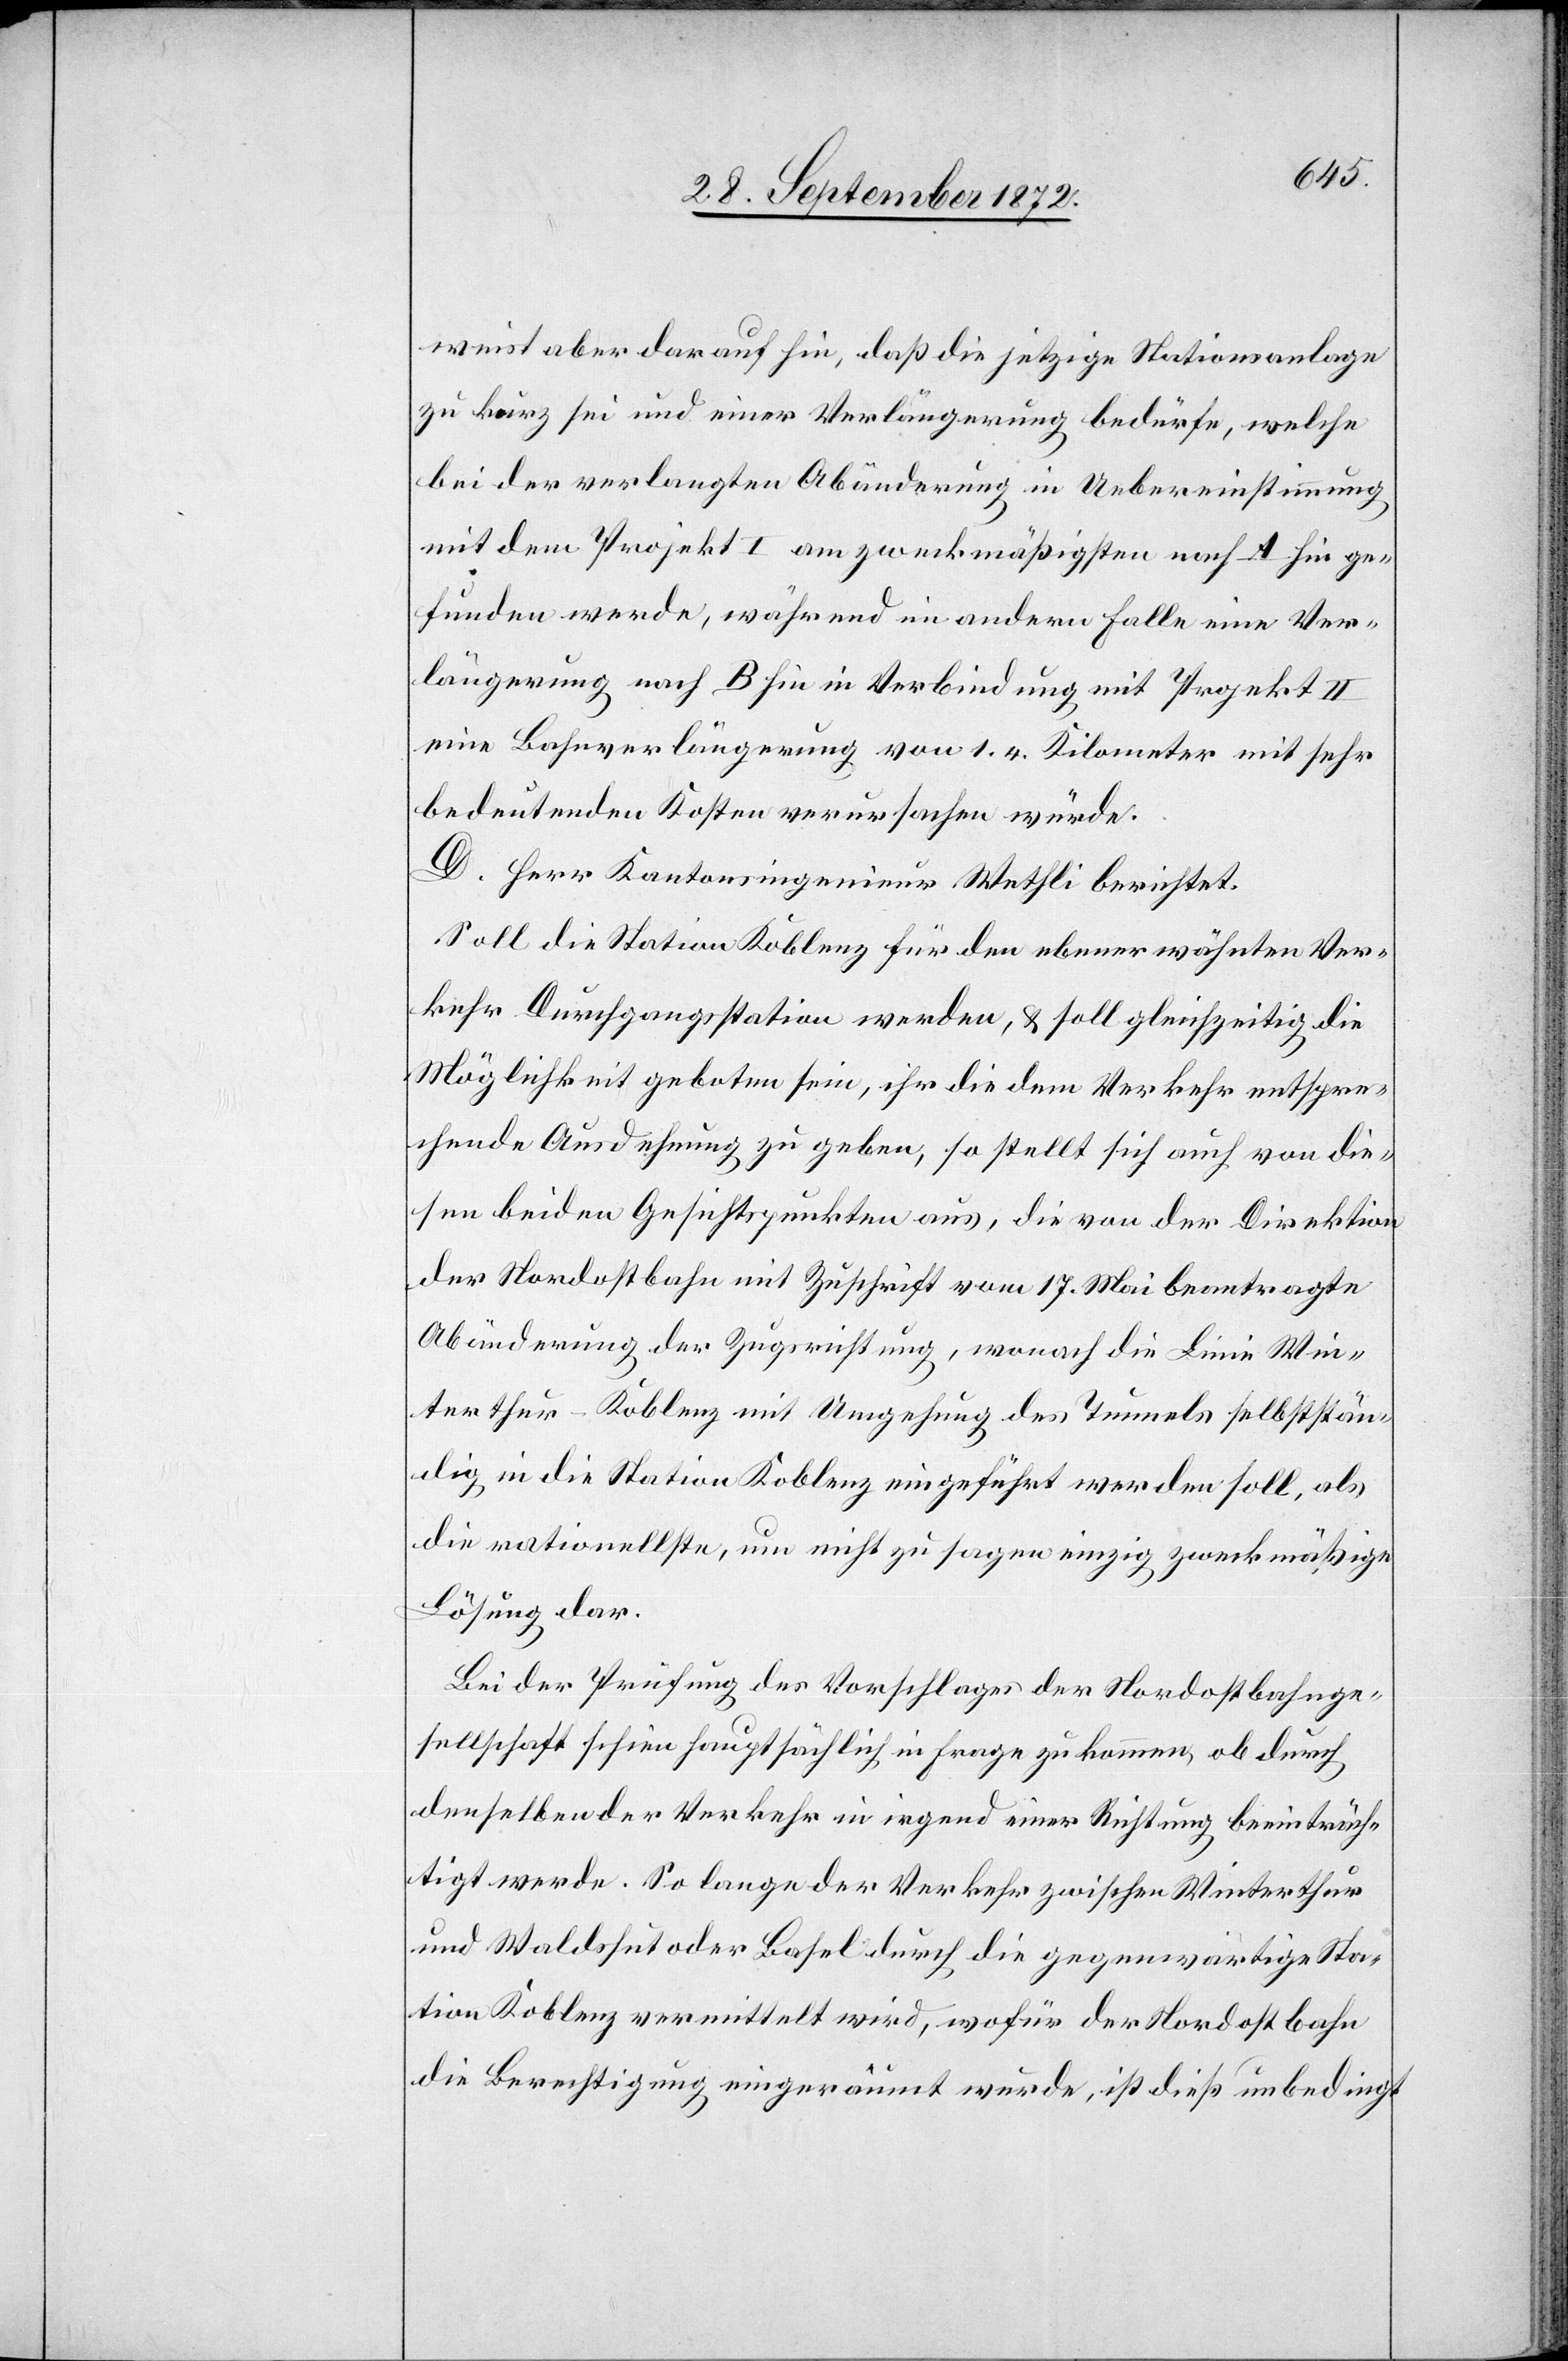
weist aber darauf hin, daß die jetzige Stationsanlage
zu kurz sei und einer Verlängerung bedürfe, welche
bei der verlangten Abänderung in Uebereinstimmung
mit dem Projekt I am zweckmäßigsten nach A hin ge¬
funden werde, während im andern Falle eine Ver¬
längerung nach B hin in Verbindung mit Projekt II
eine Bahnverlängerung von 1.4 Kilometer mit sehr
bedeutenden Kosten verursachen würde.
D. Herr Kantonsingenieur Wethli berichtet:
Soll die Station Koblenz für den ebenerwähnten Ver¬
kehr Durchgangsstation werden, u. soll gleichzeitig die
Möglichkeit geboten sein, ihr die dem Verkehr entspre¬
chende Ausdehnung zu geben, so stellt sich auch von die¬
sen beiden Gesichtspunkten aus, die von der Direktion
der Nordostbahn mit Zuschrift vom 17. Mai beantragte
Abänderung der Zugsrichtung, wonach die Linie Win¬
terthur–Koblenz mit Umgehung des Tunnels selbststän¬
dig in die Station Koblenz eingeführt werden soll, als
die rationellste, um nicht zu sagen einzig zweckmäßige
Lösung dar.
Bei der Prüfung des Vorschlages der Nordostbahnge¬
sellschaft schien hauptsächlich in Frage zu kommen, ob durch
denselben der Verkehr in irgend einer Richtung beeinträch¬
tigt werde. So lange der Verkehr zwischen Winterthur
und Waldshut oder Basel durch die gegenwärtige Sta¬
tion Koblenz vermittelt wird, wofür der Nordostbahn
die Berechtigung eingeräumt wurde, ist dieß unbedingt